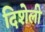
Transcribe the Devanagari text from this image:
दिशेली